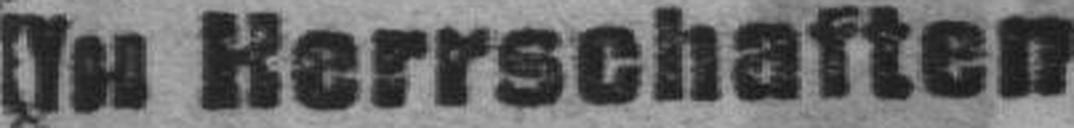
In Herrschaften